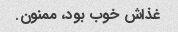
غذاش خوب بود، ممنون.